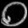
Digit: ၀